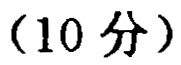
（10 分）